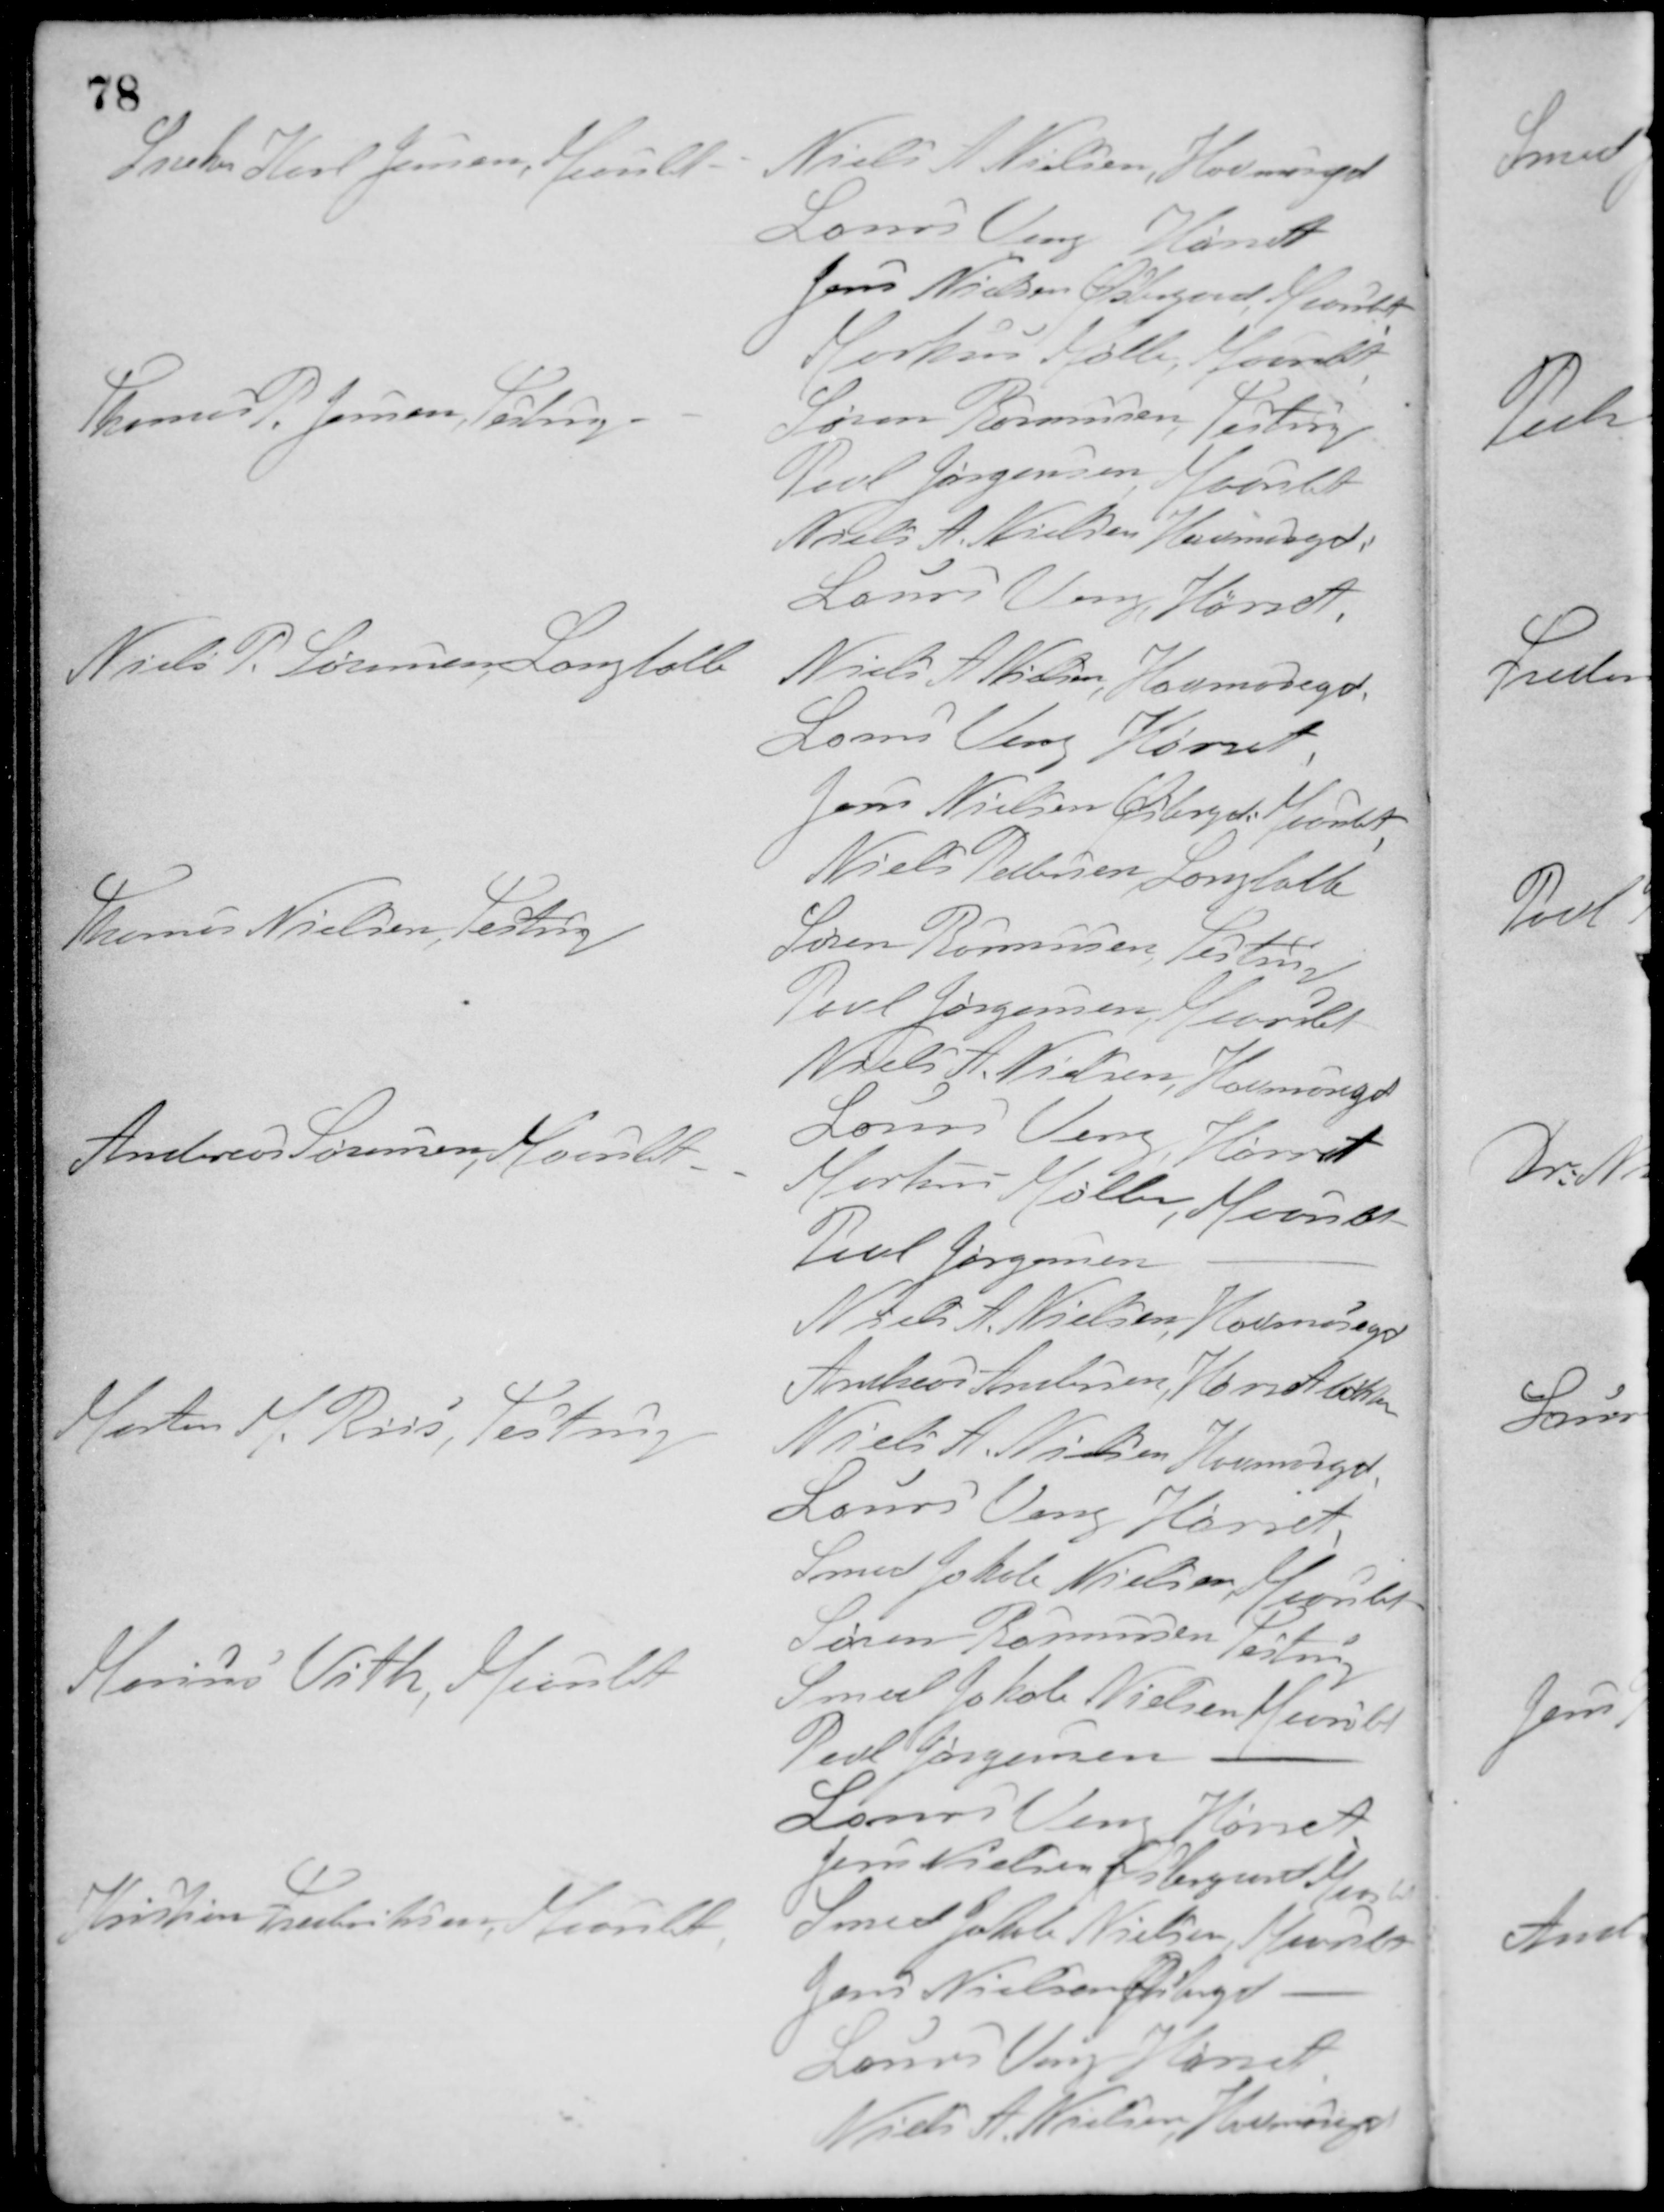
Transskription:
Snedker Karl Jensen, Maarslet
Niels A. Nielsen, Havmosegd.
Laurs Veng Hørret
Jens Nielsen Østergaard, Maarslet
Markus Møller, Maarslet
Thomas P. Jensen, Testrup
Søren Rasmusen, Testrup
Povl Jørgensen, Maarslet
Niels A. Nielsen Havmosegd.
Laurs Veng, Hørret
Niels P. Sørensen, Langballe
Niels A. Nielsen, Havmosegd.
Laurs Veng Hørret
Jens Nielsen Østergd Maarslet
Niels Pedersen, Langballe
Thomas Nielsen, Testrup
Søren Rasmussen, Testrup
Povl Jørgensen, Maarslet
Niels A. Nielsen, Havmosegd.
Laurs Veng, Hørret
Andreas Sørensen, Maarslet
Markus Møller, Maarslet
Poul Jørgensen -
Niels A. Nielsen, Havmosegd.
Andreas Andersen, Hørret Mark
Morten M. Riis, Testrup
Niels A. Nielsen Havmosegd.
Laurs Veng Hørret
Smed Jakob Nielsen, Maarslet
Søren Rasmusen Testrup
Marius Vith, Maarslet
Smed Jakob Nielsen Maarslet
Povl Jørgensen -
Laurs Veng Hørret
Jens Nielsen Østergaard Maarslet
Kristian Frederiksen, Maarslet
Smed Jakob Nielsen, Maarslet
Jens Nielsen Østergd, -
Laurs Veng Hørret
Niels A. Nielsen, Havmosegd.